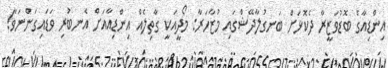
އިންޑިއާގެ ބޮޑުވަޒީރާ ދެކޮޅަށް ބަނގުލާދޭޝްގައި މުޒާހަރާ: މޯދީއަކީ ގާތިލެއް އިންޑިއާއަށް އެނބުރި ވަޑައިގަންނަވާ!